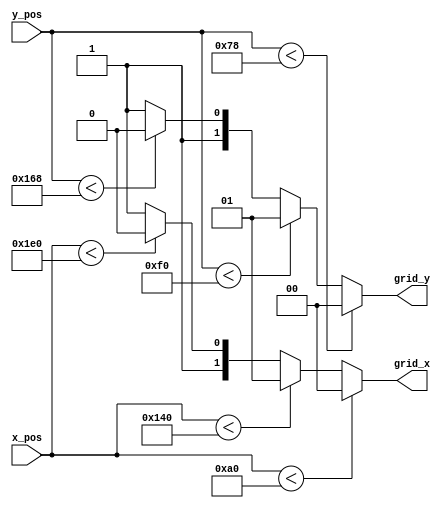
`timescale 1ns / 1ps
//////////////////////////////////////////////////////////////////////////////////
// Company: 
// Engineer: 
// 
// Design Name: 
// Module Name:    vga_grid16 
// Project Name: 
// Target Devices: 
// Tool versions: 
// Description: 
//
// Dependencies: 
//
// Revision: 
// Revision 0.01 - File Created
// Additional Comments: 
//
//////////////////////////////////////////////////////////////////////////////////
module vga_grid16(
    input [9:0] x_pos,
    input [9:0] y_pos,
    output reg [1:0] grid_x,
    output reg [1:0] grid_y
    );
	
	// Set x_grid positon
	always @(x_pos)
	begin
		if (x_pos < 160)
			grid_x <= 2'b00;
		else if (x_pos < 320)
			grid_x <= 2'b01;
		else if (x_pos < 480)
			grid_x <= 2'b10;
		else //480-639
			grid_x <= 2'b11;
	end
	
	// Set y_grid position
	always @(y_pos)
	begin
		if (y_pos < 120)
			grid_y <= 2'b00;
		else if (y_pos < 240)
			grid_y <= 2'b01;
		else if (y_pos < 360)
			grid_y <= 2'b10;
		else //360-479
			grid_y <= 2'b11;
	end

endmodule